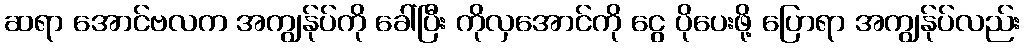
ဆရာ အောင်ဗလက အကျွန်ုပ်ကို ခေါ်ပြီး ကိုလှအောင်ကို ငွေ ပိုပေးဖို့ ပြောရာ အကျွန်ုပ်လည်း